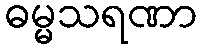
ဓမ္မသရဏာ